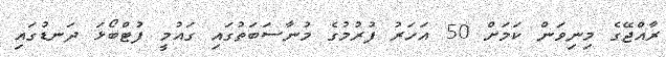
ރާއްޖޭގެ މިނިވަން ކަމަށް 50 އަހަރު ފުރުމުގެ މުނާސަބަތުގައި ގައުމީ ފުޓްބޯޅަ ދަނޑުގައި